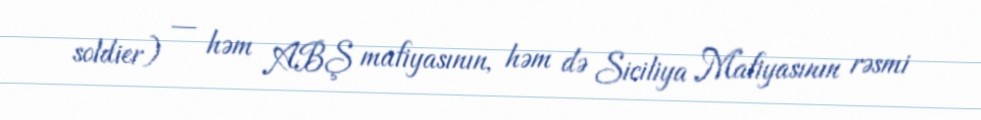
soldier) — həm ABŞ mafiyasının, həm də Siciliya Mafiyasının rəsmi